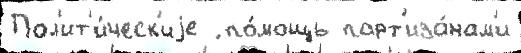
Пол'ит'и́ческ'иjе ́ по́мощь парт'иза́нам'и